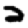
Digit: 2